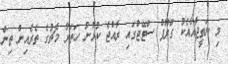
މި ނަތީޖާއާއެކު ގްރޫޕް ސްޓޭޖްގައި ރާއްޖެ ކުޅުނު ހަތަރު މެޗުގެ ތެރެއިން ތިން